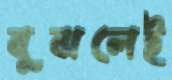
বুঝলেই